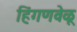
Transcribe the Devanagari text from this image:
हिंगणवेळू